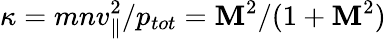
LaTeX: \kappa=mnv_{\parallel}^{2}/p_{tot}=\mathbf{M}^{2}/(1+\mathbf{M}^{2})